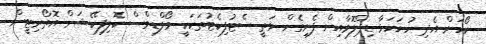
ކޯހަށް އެދި ހުށަހަޅާ ޑިޕްލޮމާއިން ފެށިގެން މަތީ ސެޓުފިކެޓުތަކަކީ މޯލްޑިވްސް ކޮލިފިކޭޝަން އޮތޯރިޓީން